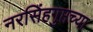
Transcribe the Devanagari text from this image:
नरसिंहगुप्तच्या